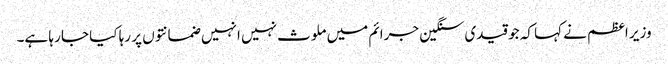
وزیر اعظم نے کہا کہ جو قیدی سنگین جرائم میں ملوث نہیں انہیں ضمانتوں پر رہا کیا جا رہا ہے۔